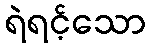
ရဲရင့်သော